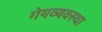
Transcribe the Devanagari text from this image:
गेयव्यवस्था